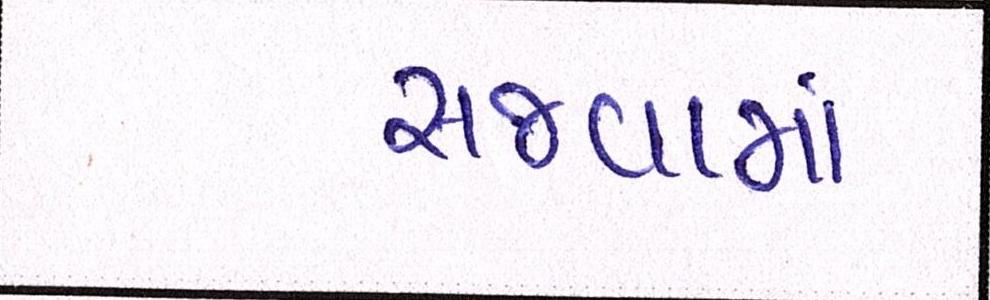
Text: સજવામાં